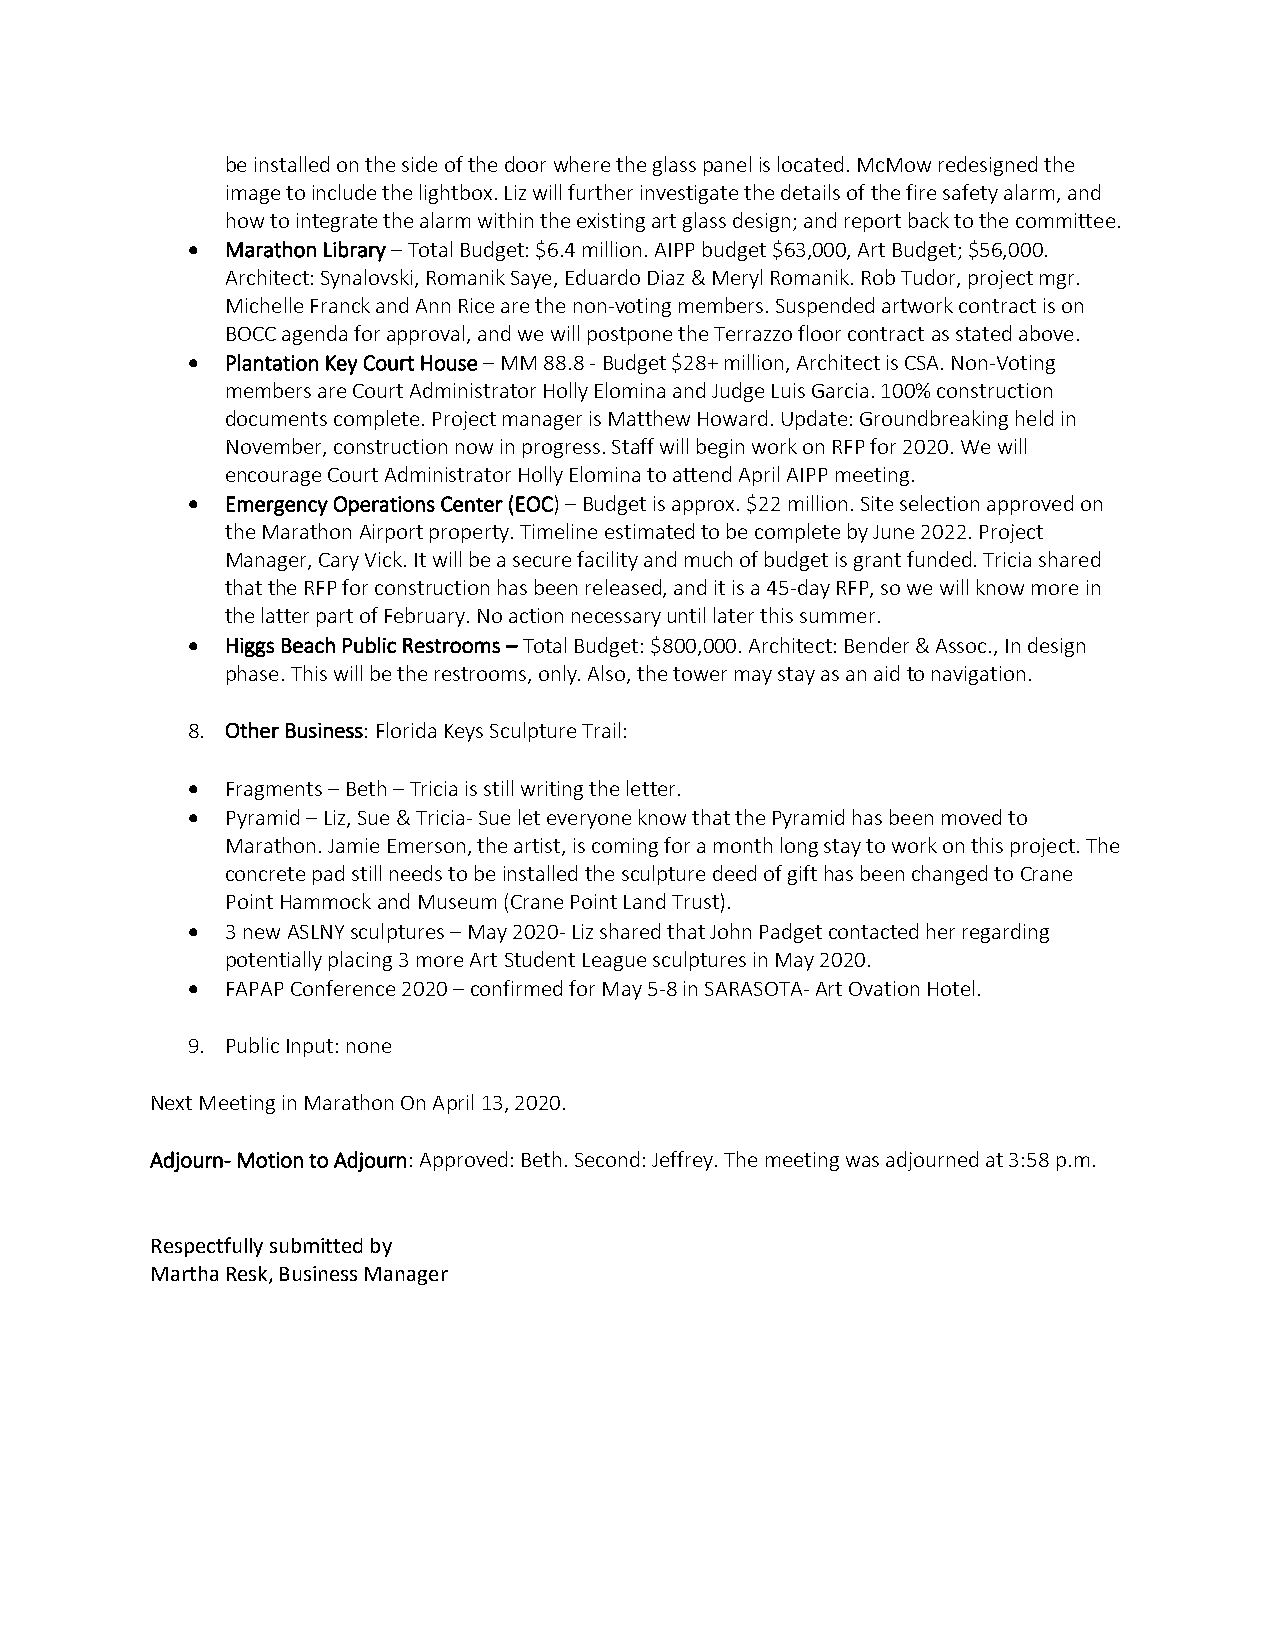
be installed on the side of the door where the glass panel is located. McMow redesigned the
 image to include the lightbox. Liz will further investigate the details of the fire safety alarm, and
 how to integrate the alarm within the existing art glass design; and report back to the committee.
 •  Marathon Library – Total Budget: $6.4 million. AIPP budget $63,000, Art Budget; $56,000.
 Architect: Synalovski, Romanik Saye, Eduardo Diaz & Meryl Romanik. Rob Tudor, project mgr.
 Michelle Franck and Ann Rice are the non-voting members. Suspended artwork contract is on
 BOCC agenda for approval, and we will postpone the Terrazzo floor contract as stated above.
 •  Plantation Key Court House – MM 88.8 - Budget $28+ million, Architect is CSA. Non-Voting
 members are Court Administrator Holly Elomina and Judge Luis Garcia. 100% construction
 documents complete. Project manager is Matthew Howard. Update: Groundbreaking held in
 November, construction now in progress. Staff will begin work on RFP for 2020. We will
 encourage Court Administrator Holly Elomina to attend April AIPP meeting.
 •  Emergency Operations Center (EOC) – Budget is approx. $22 million. Site selection approved on
 the Marathon Airport property. Timeline estimated to be complete by June 2022. Project
 Manager, Cary Vick. It will be a secure facility and much of budget is grant funded. Tricia shared
 that the RFP for construction has been released, and it is a 45-day RFP, so we will know more in
 the latter part of February. No action necessary until later this summer.
 •  Higgs Beach Public Restrooms – Total Budget: $800,000. Architect: Bender & Assoc., In design
 phase. This will be the restrooms, only. Also, the tower may stay as an aid to navigation.
 8. Other Business: Florida Keys Sculpture Trail:
 •  Fragments – Beth – Tricia is still writing the letter.
 •  Pyramid – Liz, Sue & Tricia- Sue let everyone know that the Pyramid has been moved to
 Marathon. Jamie Emerson, the artist, is coming for a month long stay to work on this project. The
 concrete pad still needs to be installed the sculpture deed of gift has been changed to Crane
 Point Hammock and Museum (Crane Point Land Trust).
 •  3 new ASLNY sculptures – May 2020- Liz shared that John Padget contacted her regarding
 potentially placing 3 more Art Student League sculptures in May 2020.
 •  FAPAP Conference 2020 – confirmed for May 5-8 in SARASOTA- Art Ovation Hotel.
 9. Public Input: none
 Next Meeting in Marathon On April 13, 2020.
 Adjourn- Motion to Adjourn: Approved: Beth. Second: Jeffrey. The meeting was adjourned at 3:58 p.m.
 Respectfully submitted by
 Martha Resk, Business Manager